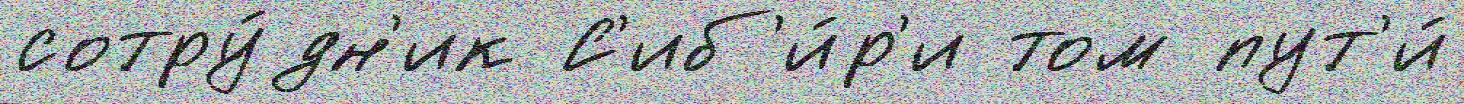
сотру́дн'ик С'иб'и́р'и том пут'и́